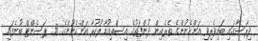
ދިރާސާގައި ބައިވެރިވި އަންހެނުންގެ ތެރެއިން ދުންފަތުގެ އިސްތިއުމާލުކުރާ އަންހެނުންގެ 50 ޕަސެންޓް ބުނެފައި